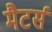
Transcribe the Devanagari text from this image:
मैटर्स